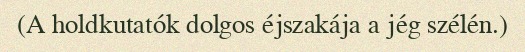
(A holdkutatók dolgos éjszakája a jég szélén.)